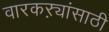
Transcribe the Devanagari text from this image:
वारकऱ्यांसाठी